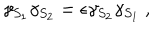
\gamma _ { S _ { 1 } } \gamma _ { S _ { 2 } } = \epsilon \gamma _ { S _ { 2 } } \gamma _ { S _ { 1 } } ~ ,